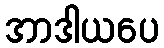
အာဒါယပေ